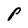
Character: P